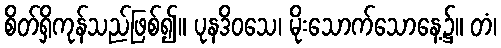
စိတ်ရှိကုန်သည်ဖြစ်၍။ ပုနဒိဝသေ၊ မိုးသောက်သောနေ့၌။ တံ၊